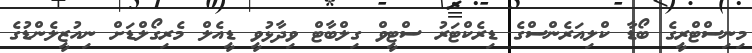
މިނިސްޓްރީގެ ބޯޑާ ކްލިއަރެންސްގެ ޑިރެކްޓަރު ސްޓީވް ގިލްބާޓް ވިދާޅުވީ ޑީއެލް މެރިގޯލްޑަށް ނިއުޒީލެންޑުގެ